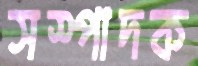
সস্পাদক